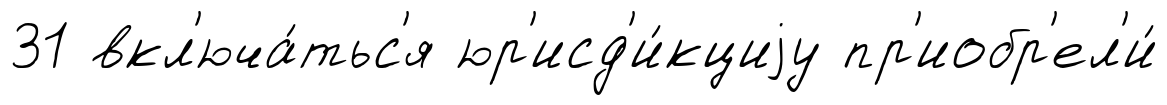
31 вкл'юча́тьс'я юр'исд'и́кциjу пр'иобр'ел'и́